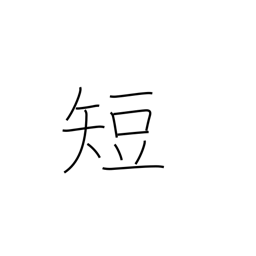
Meaning: defect